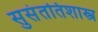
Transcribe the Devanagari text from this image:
सुसंततिशास्त्र